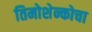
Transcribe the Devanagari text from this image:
तिमोशेन्कोचा